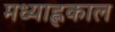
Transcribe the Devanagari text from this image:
मध्याह्लकाल